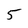
Character: 5